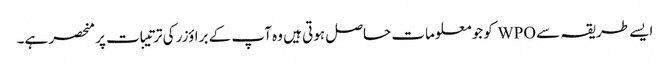
ایسے طریقہ سے WPO کو جو معلومات حاصل ہوتی ہیں وہ آپ کے براؤزر کی ترتیبات پر منحصر ہے۔